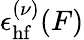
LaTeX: \epsilon_{\mathrm{hf}}^{(\nu)}(F)